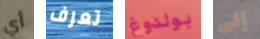
أي تعرف بولدوغ إلى